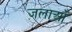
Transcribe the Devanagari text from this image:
ज़लाओं